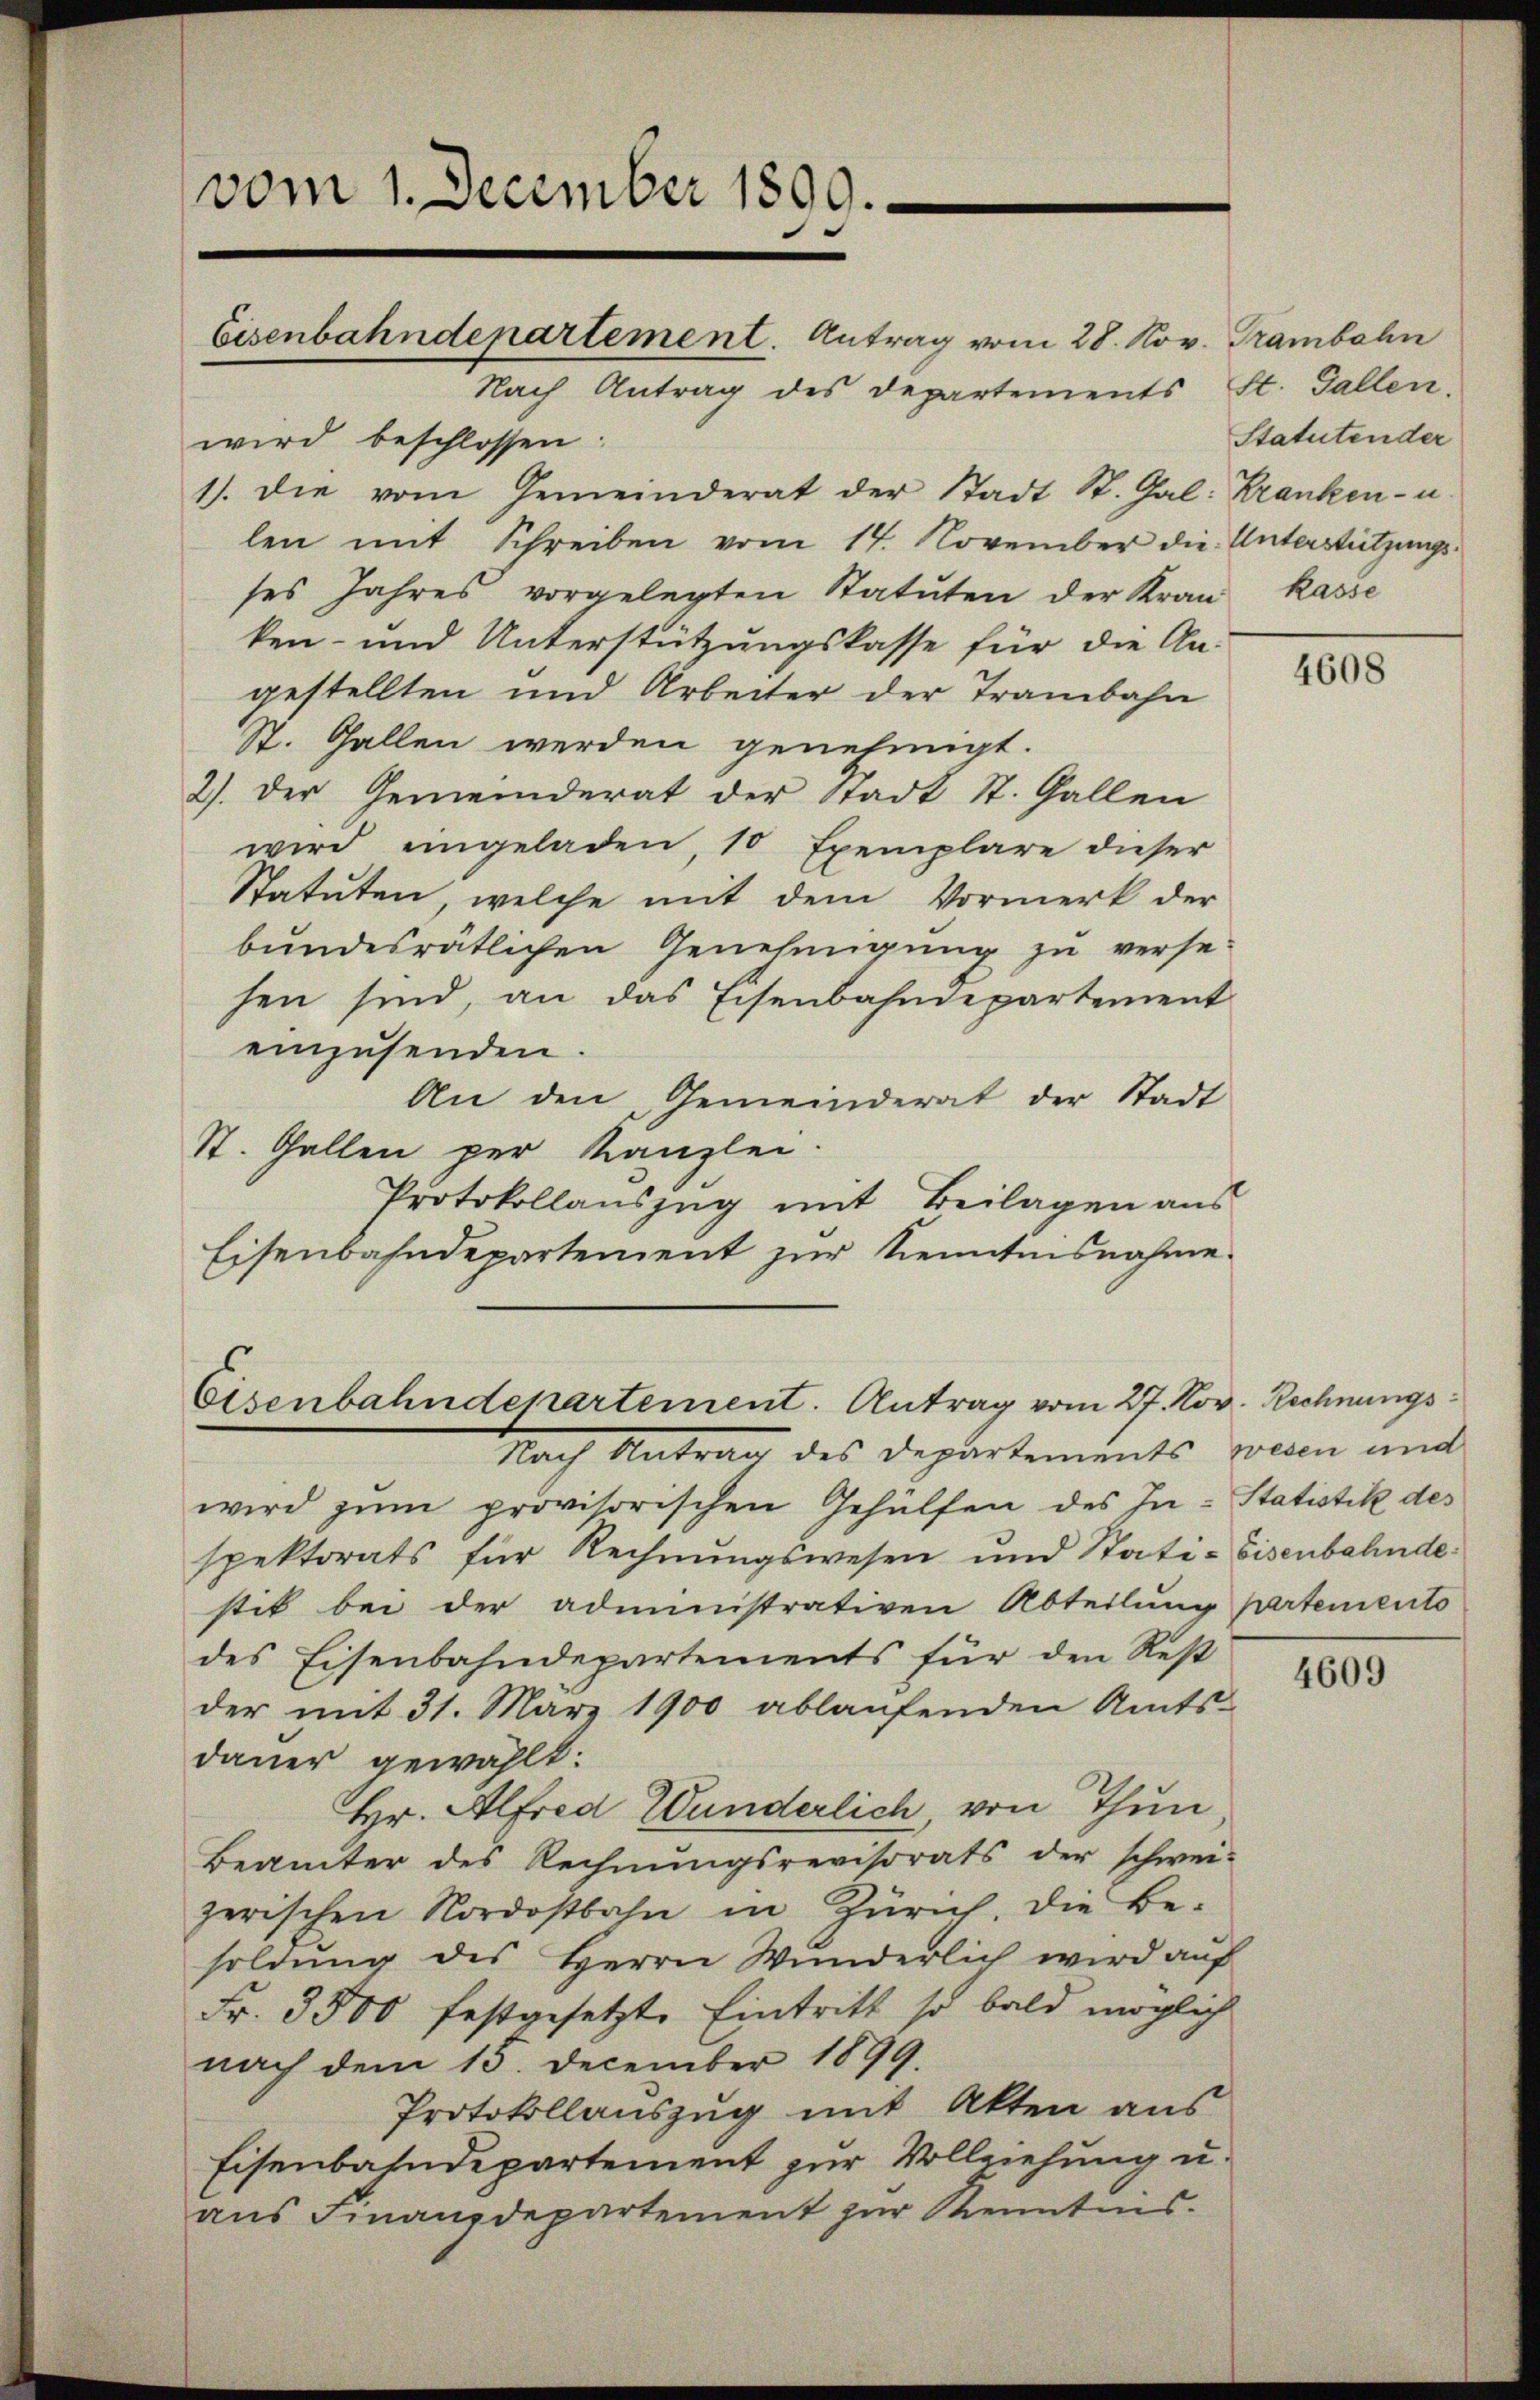
vom 1. December 1899.
Eisenbahndepartement. Antrag vom 28. Nov. Grambeln

Nach Antrag des Departements St. Gallen.
wird beschlossen:
1). Die vom Gemeinderat der Stadt St. Gal-Kranken- u
len mit Schreiben vom 14. November die Unterstützungs-
ses Jahres vorgelegten Statuten der Kran
ken- und Unterstützungskasse für die An-
gestellten und Arbeiter der Trambahn
St. Gallen werden genehmigt.
2). Der Gemeinderat der Stadt St. Gallen
wird eingeladen, 10 Exemplare dieser
Statuten, welche mit dem Vormerk der
bundesrätlichen Genehmigung zu versehen sind, an das Eisenbahndepartement
einzusenden.
An den Gemeinderat der Stadt
St. Gallen per Kanzlei.
Protokollauszug mit Beilagen aus
Eisenbahndepartement zur Kenntnisnahme.

Eisenbahndepartement. Antrag vom 27. Nov. Rechnungs¬
Nach Ant des Departements wegen und

wird zŭm provisorischen Gehülfen des In- Statistik des
spektorats für Rechnungswesen und Stati-Eisenbahnde
stik bei der administrativen Abteilung partements
des Eisenbahndepartements für den Rest
der mit 31. März 1900 ablaŭfenden Amts-
dauer gewählt:
Hr. Alfred Wunderlich, von Thun
Beämter des Rechnŭngsrevisorats der schwei-
zerischen Nordostbahn in Zürich. Die Be-
soldung des Herrn Wunderlich wird auf
Fr. 3500 festgesetzte Eintritt so bald möglich
nach dem 15. December 1899.
Protokollauszug mit Akten aus
Eisenbahndepartement zur Vollziehung u.
aŭs Finanzdepartement zŭr Kenntens.

Statutender
kasse

4608

4609